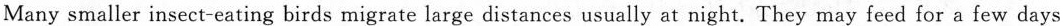
Many smaller insect-eating birds migrate large distances usually at night. They may feed for a few days